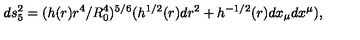
d s _ { 5 } ^ { 2 } = ( h ( r ) r ^ { 4 } / R _ { 0 } ^ { 4 } ) ^ { 5 / 6 } ( h ^ { 1 / 2 } ( r ) d r ^ { 2 } + h ^ { - 1 / 2 } ( r ) d x _ { \mu } d x ^ { \mu } ) ,